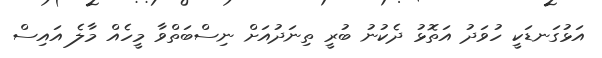
އަޅުގަނޑަކީ ހުވަދު އަތޮޅު ދެކުނު ބުރީ ތިނަދުއަށް ނިސްބަތްވާ މީހެއް މާލެ އައިސް